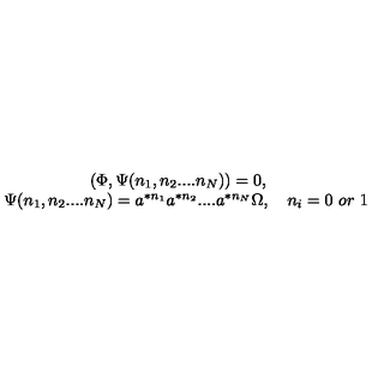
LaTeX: \begin{array} { c } { \left( \Phi , \Psi ( n _ { 1 } , n _ { 2 } . . . . n _ { N } ) \right) = 0 , \quad } \\ { \Psi ( n _ { 1 } , n _ { 2 } . . . . n _ { N } ) = a ^ { * n _ { 1 } } a ^ { * n _ { 2 } } . . . . a ^ { * n _ { N } } \Omega , \quad n _ { i } = 0 \ o r \ 1 } \\ \end{array}